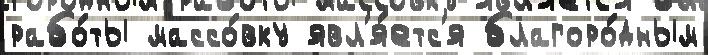
рабо́ты массо́вку явл'я́етс'я благоро́дным